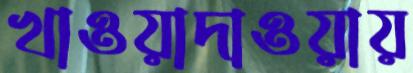
খাওয়াদাওয়ায়